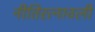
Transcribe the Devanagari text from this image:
नीतिरत्नावली